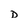
Character: D